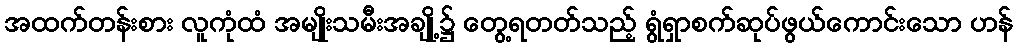
အထက်တန်းစား လူကုံထံ အမျိုးသမီးအချို့၌ တွေ့ရတတ်သည့် ရွံရှာစက်ဆုပ်ဖွယ်ကောင်းသော ဟန်